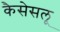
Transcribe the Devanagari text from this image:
कैसेसलू